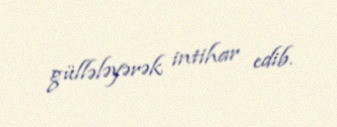
güllələyərək intihar edib.